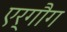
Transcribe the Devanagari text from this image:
एर्गौग